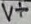
Text: V+